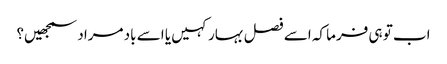
اب تو ہی فرما کہ اسے فصل بہار کہیں یا اسے باد مراد سمجھیں؟